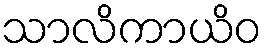
သာလိကာယိဝ